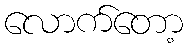
လောက်တော့